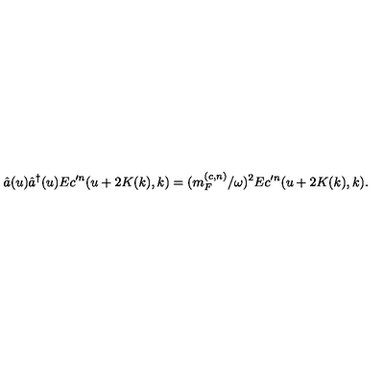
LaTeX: \hat { a } ( u ) \hat { a } ^ { \dagger } ( u ) E c ^ { \prime n } ( u + 2 K ( k ) , k ) = ( m _ { F } ^ { ( c , n ) } / \omega ) ^ { 2 } E c ^ { \prime n } ( u + 2 K ( k ) , k ) .